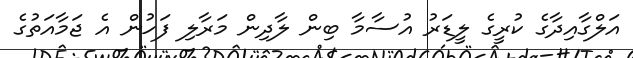
އަލްގާއިދާގެ ކުރީގެ ލީޑަރު އުސާމާ ބިން ލާދިން މަރާލި ފަހުން އެ ޖަމާއަތުގެ